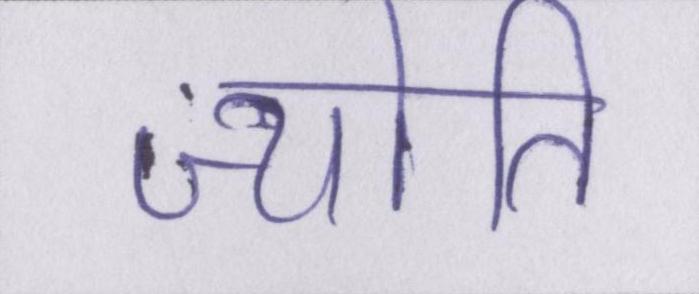
ज्योति